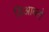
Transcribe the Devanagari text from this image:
डिआब्लो